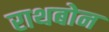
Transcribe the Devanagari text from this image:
राथबोन